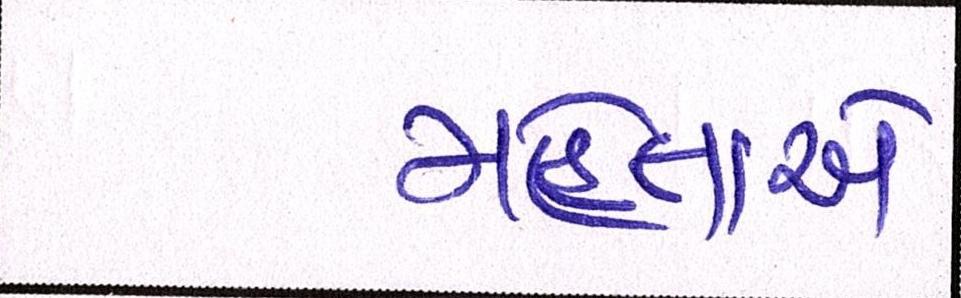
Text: મહેતાએ